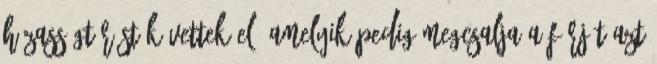
házasságtörést követtek el, Amelyik pedig megcsalja a férjét azt